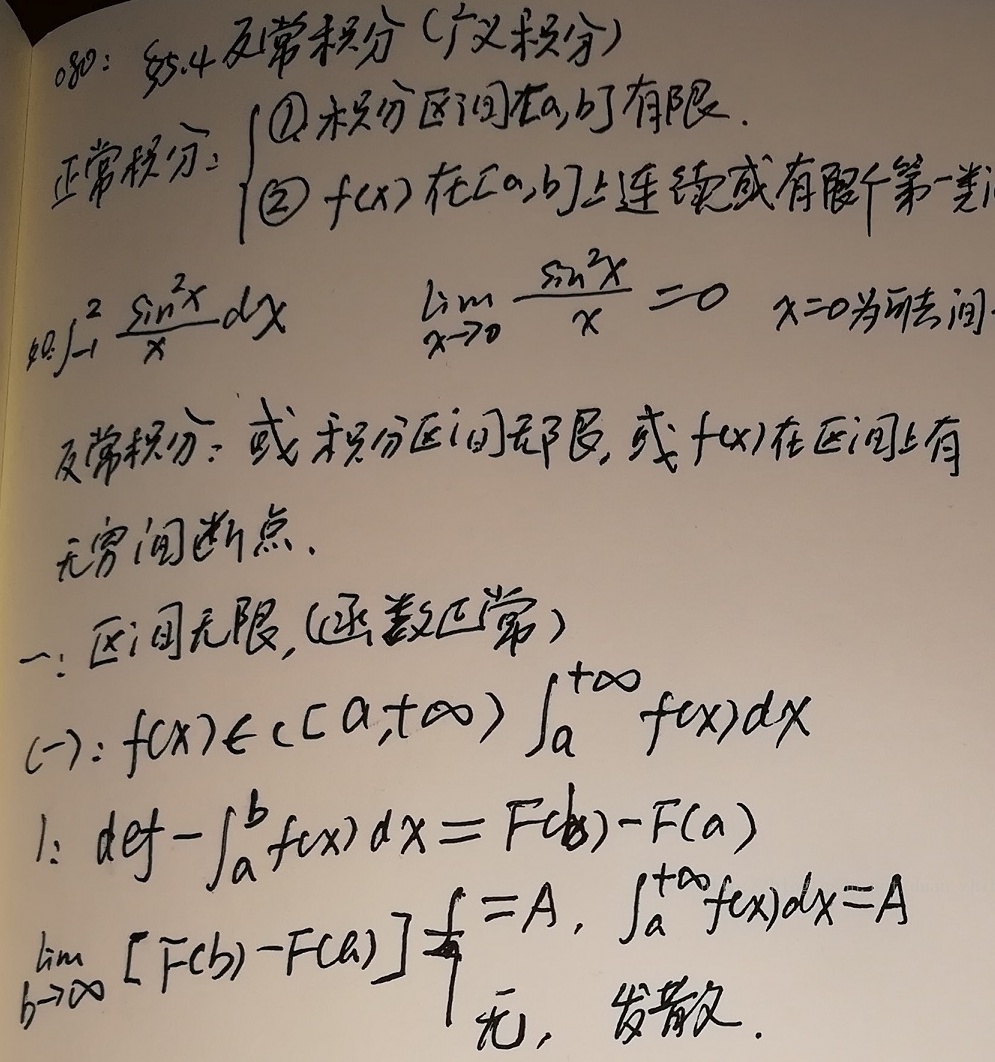
080：§5.4 反常积分（广义积分）

正常积分：
\(\begin{cases}
\textcircled{1}积分区间\([a,b]\)有限.\\
\textcircled{2} \(f(x)\)在\([a,b]\)上连续或有有限个第一类间断点
\end{cases}\)

如\(\int_{-1}^{2}\frac{\sin^{2}x}{x}dx\) ，\(\lim\limits_{x \to 0}\frac{\sin^{2}x}{x}=0\) ，\(x = 0\)为可去间断点。

反常积分：或积分区间无限，或\(f(x)\)在区间上有无穷间断点。

一：区间无限，(函数正常）
(一)：\(f(x)\in C[a,+\infty)\) ，\(\int_{a}^{+\infty}f(x)dx\)
1. \(def\ \int_{a}^{b}f(x)dx=F(b)-F(a)\)，\(\lim\limits_{b \to +\infty}[F(b)-F(a)] \overset{\text{若}}{=}A\)，则\(\int_{a}^{+\infty}f(x)dx = A\)；若无极限，则发散。